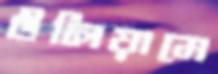
উলিয়ামে